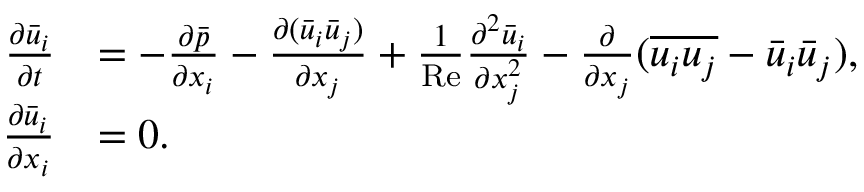
\begin{array} { r l } { \frac { \partial \bar { u } _ { i } } { \partial t } } & { = - \frac { \partial \bar { p } } { \partial x _ { i } } - \frac { \partial ( \bar { u } _ { i } \bar { u } _ { j } ) } { \partial x _ { j } } + \frac { 1 } { \mathrm { R e } } \frac { \partial ^ { 2 } \bar { u } _ { i } } { \partial x _ { j } ^ { 2 } } - \frac { \partial } { \partial x _ { j } } ( \overline { { u _ { i } u _ { j } } } - \bar { u } _ { i } \bar { u } _ { j } ) , } \\ { \frac { \partial \bar { u } _ { i } } { \partial x _ { i } } } & { = 0 . } \end{array}